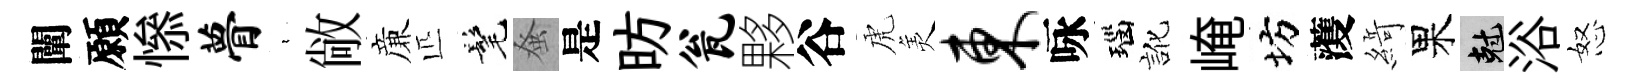
闡願𢡖瞢裊敞亷匹髦𫊫是昉瓮夥谷虎羙东咏瑙訛崦坊𮑮𦂶果剋浴怒